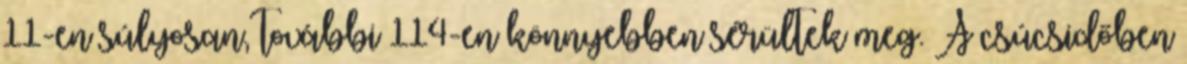
11-en súlyosan, további 114-en könnyebben sérültek meg. A csúcsidőben